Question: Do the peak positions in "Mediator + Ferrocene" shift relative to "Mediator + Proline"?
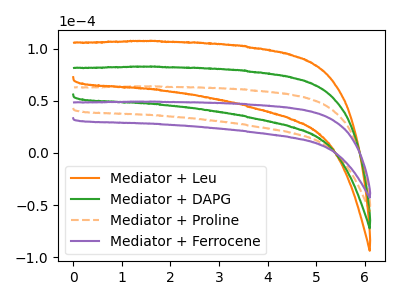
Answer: <think>The orange curve "Mediator + Leu" has no peaks. The green curve "Mediator + DAPG" has no peaks. The orange dashed curve "Mediator + Proline" has no peaks. The purple curve "Mediator + Ferrocene" has no peaks.
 Neither "Mediator + Ferrocene" or "Mediator + Proline" have any peaks.</think>
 <answer>No, "Mediator + Ferrocene" and "Mediator + Proline" don't appear to be significantly different in shape</answer>
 <eval>no_change</eval>